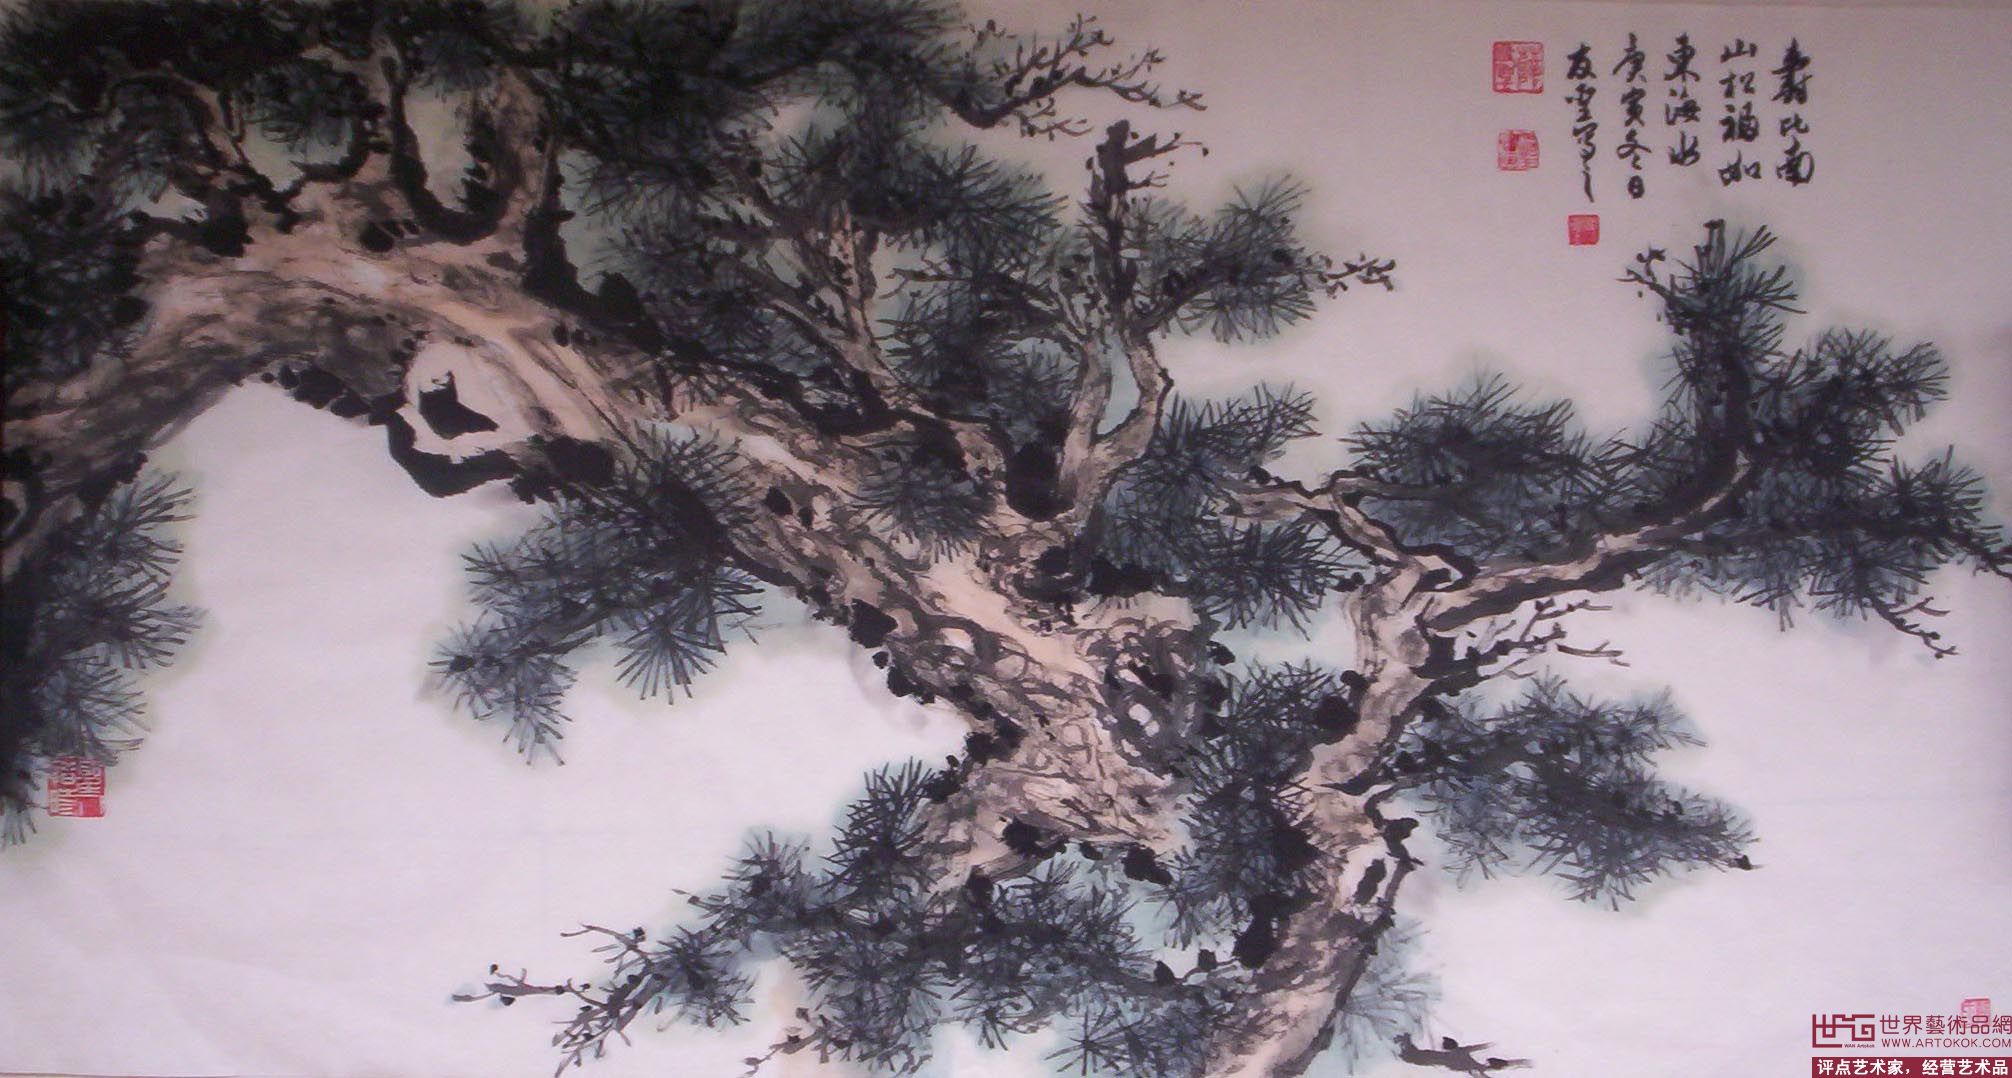
野客预知农事好，三冬瑞雪未全消。